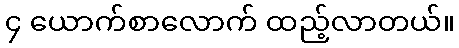
၄ ယောက်စာလောက် ထည့်လာတယ်။